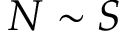
N \sim S